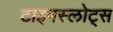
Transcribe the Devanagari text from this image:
टाइमस्लोट्स